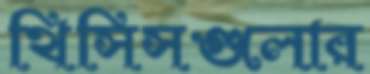
থিসিসগুলোর